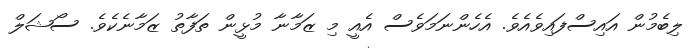
ލިބެމުން އައިސްފައިވެއެވެ. އެހެންނަމަވެސް އެއީ މި ޒަމާނާ މުޅީން ތަފާތު ޒަމާނެކެވެ. ސޯޝަލް